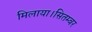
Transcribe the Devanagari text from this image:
मिलाया।सितम्बर